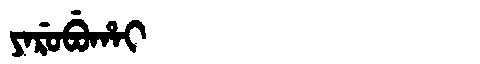
Manchu: ᠶᠠᡵᡠᠪᡠᡥᠠᡳ
Romanization: YARUBUHAI